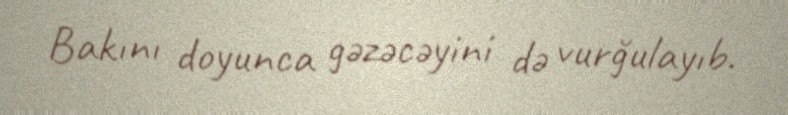
Bakını doyunca gəzəcəyini də vurğulayıb.